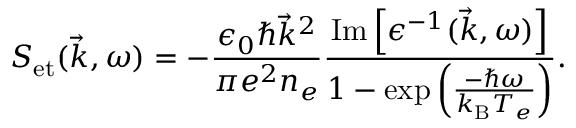
S _ { \mathrm { e t } } ( \vec { k } , \omega ) = - \frac { \epsilon _ { 0 } \hbar \vec { k } ^ { 2 } } { \pi e ^ { 2 } n _ { e } } \frac { \operatorname { I m } \left[ \epsilon ^ { - 1 } ( \vec { k } , \omega ) \right] } { 1 - \exp \left( \frac { - \hbar \omega } { k _ { \mathrm { B } } T _ { e } } \right) } .